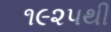
૧૯૨૫થી